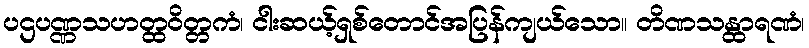
ပဌပဏ္ဏသဟတ္ထဝိတ္တကံ၊ ငါးဆယ့်ရှစ်တောင်အပြန်ကျယ်သော။ တိဏသန္ထာရဏံ၊